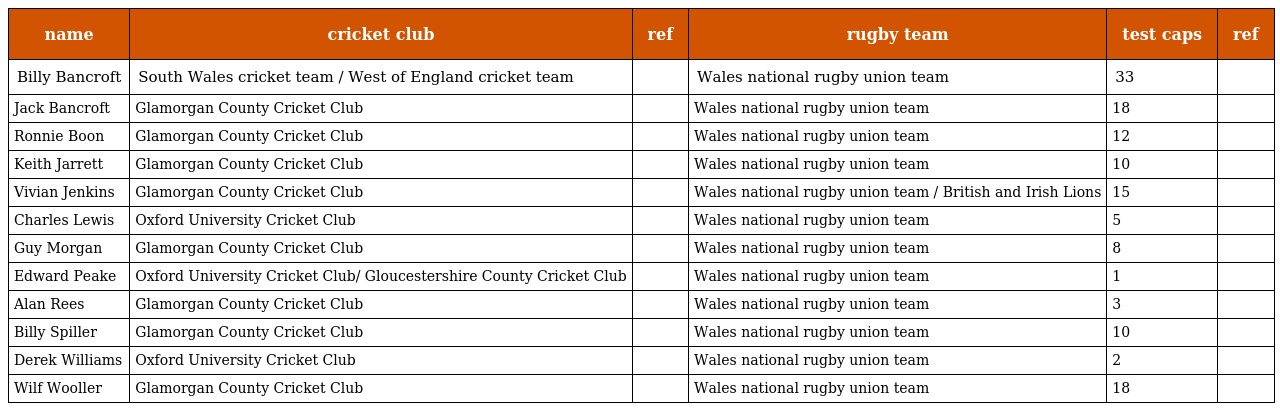
| name | cricket club | ref | rugby team | test caps | ref |
 | --- | --- | --- | --- | --- | --- |
 | Billy Bancroft | South Wales cricket team / West of England cricket team |  | Wales national rugby union team | 33 |  |
 | Jack Bancroft | Glamorgan County Cricket Club |  | Wales national rugby union team | 18 |  |
 | Ronnie Boon | Glamorgan County Cricket Club |  | Wales national rugby union team | 12 |  |
 | Keith Jarrett | Glamorgan County Cricket Club |  | Wales national rugby union team | 10 |  |
 | Vivian Jenkins | Glamorgan County Cricket Club |  | Wales national rugby union team / British and Irish Lions | 15 |  |
 | Charles Lewis | Oxford University Cricket Club |  | Wales national rugby union team | 5 |  |
 | Guy Morgan | Glamorgan County Cricket Club |  | Wales national rugby union team | 8 |  |
 | Edward Peake | Oxford University Cricket Club/ Gloucestershire County Cricket Club |  | Wales national rugby union team | 1 |  |
 | Alan Rees | Glamorgan County Cricket Club |  | Wales national rugby union team | 3 |  |
 | Billy Spiller | Glamorgan County Cricket Club |  | Wales national rugby union team | 10 |  |
 | Derek Williams | Oxford University Cricket Club |  | Wales national rugby union team | 2 |  |
 | Wilf Wooller | Glamorgan County Cricket Club |  | Wales national rugby union team | 18 |  |